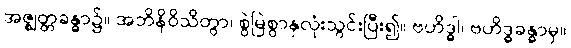
အဇ္ဈတ္တခန္ဓာ၌။ အဘိနိဝိသိတွာ၊ စွဲမြဲစွာနှလုံးသွင်းပြီး၍။ ဗဟိဒ္ဓါ၊ ဗဟိဒ္ဓခန္ဓာမှ။